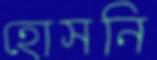
হোসনি